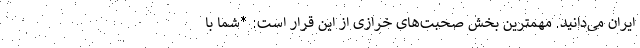
ایران می‌دانید. مهمترین بخش صحبت‌های خرازی از این قرار است: *شما با